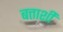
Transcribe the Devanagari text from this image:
बत्ताशी